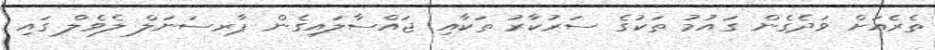
ތެރެއަށް ވަދެގެން ގައުމު ތަކުގެ ސަރުކާރު ތަކާއި ޖައްސާލައިގެން ޕާރސަނަލް ލެވެލް ގައި